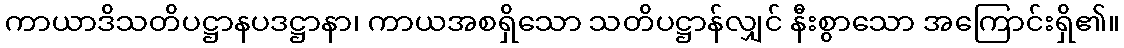
ကာယာဒိသတိပဋ္ဌာနပဒဋ္ဌာနာ၊ ကာယအစရှိသော သတိပဋ္ဌာန်လျှင် နီးစွာသော အကြောင်းရှိ၏။